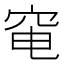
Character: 𥥗